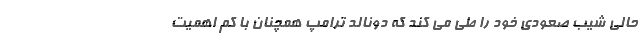
حالی شیب صعودی خود را طی می کند که دونالد ترامپ همچنان با کم اهمیت